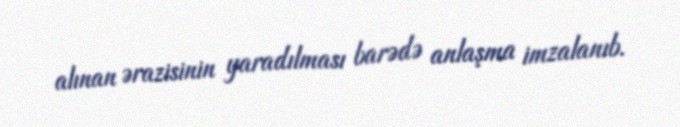
alınan ərazisinin yaradılması barədə anlaşma imzalanıb.